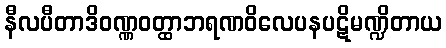
နီလပီတာဒိဝဏ္ဏဝတ္ထာဘရဏဝိလေပနပဋိမဏ္ဍိတာယ